Indian journal of veterinary science and animal husbandry - Volume 6,
Year: 1936
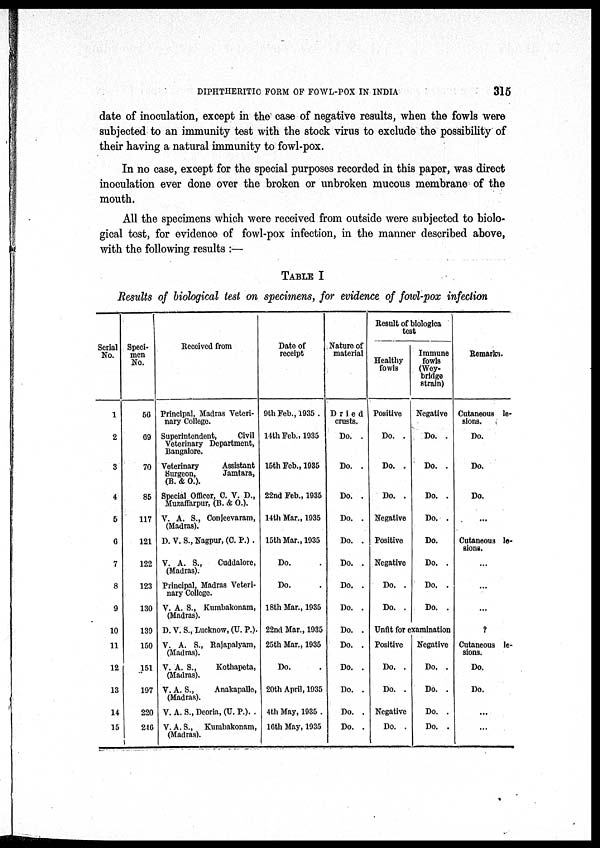
DIPHTHERITIC FORM OF FOWL-POX IN INDIA
315
date of inoculation, except in the case of negative results, when the fowls were
subjected to an immunity test with the stock virus to exclude the possibility of
their having a natural immunity to fowl-pox.
In no case, except for the special purposes recorded in this paper, was direct
inoculation ever done over the broken or unbroken mucous membrane of the
mouth.
All the specimens which were received from outside were subjected to biolo-
gical test, for evidence of fowl-pox infection, in the manner described above,
with the following results :—
TABLE I
Results of biological test on specimens, for evidence of fowl-pox infection
Serial
No.
1
2
3
4
5
6
7
8
9
10
11
12
13
14
15
Speci-
men
No.
56
69
70
85
117
121
122
123
130
139
150
151
197
220
246
Received from
Principal, Madras Veteri-
nary College.
Superintendent,
Civil
Veterinary Department,
Bangalore.
Veterinary
Assistant
Surgeon,
Jamtara,
(B. & O.).
Special Officer, C. V. D.,
Muzaffarpur, (B. & O.).
V. A. S., Conjeevaram,
(Madras).
D. V. S., Nagpur, (C. P.) .
V. A. S.,
Cuddalore,
(Madras).
Principal, Madras Veteri-
nary College.
V. A. S., Kumbakonam,
(Madras).
D. V. S., Lucknow, (U. P.).
V. A. S., Rajapalyam,
(Madras).
V. A. S.,
Kothapeta,
(Madras).
V. A. S.,
Anakapalle,
(Madras).
V. A. S., Deoria, (U. P.). .
V. A. S.,
Kumbakonam,
(Madras).
Date of
receipt
9th Feb., 1935 .
14th Feb., 1935
15th Feb., 1935
22nd Feb., 1935
14th Mar., 1935
15th Mar., 1935
Do. .
Do. .
18th Mar., 1935
22nd Mar., 1935
25th Mar., 1935
Do. .
20th April, 1935
4th May, 1935 .
16th May, 1935
Nature of
material
Dried
crusts.
Do. .
Do. .
Do. .
Do. .
Do. .
Do. .
Do. .
Do. .
Do. .
Do. .
Do. .
Do. .
Do. .
Do. .
Result of biologica
test
Healthy
fowls
Positive
Do. .
Do. .
Do. .
Negative
Positive
Negative
Do. .
Do. .
Immune
fowls
(Wey¬
bridge
strain)
Negative
Do. .
Do. .
Do. .
Do. .
Do. .
Do. .
Do. .
Do. .
Unfit for examination
Positive
Do. .
Do. .
Negative
Do. .
Negative
Do. .
Do. .
Do. .
Do. .
Remarks.
Cutaneous le-
sions.
Do.
Do.
Do.
. . .
Cutaneous le-
sions.
. . .
. . .
. . .
?
Cutaneous le-
sions.
Do.
Do.
. . .
. . .